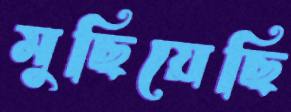
মুছিয়েছি